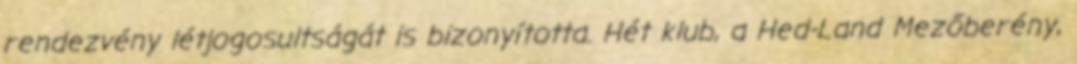
rendezvény létjogosultságát is bizonyította. Hét klub, a Hed-Land Mezőberény,